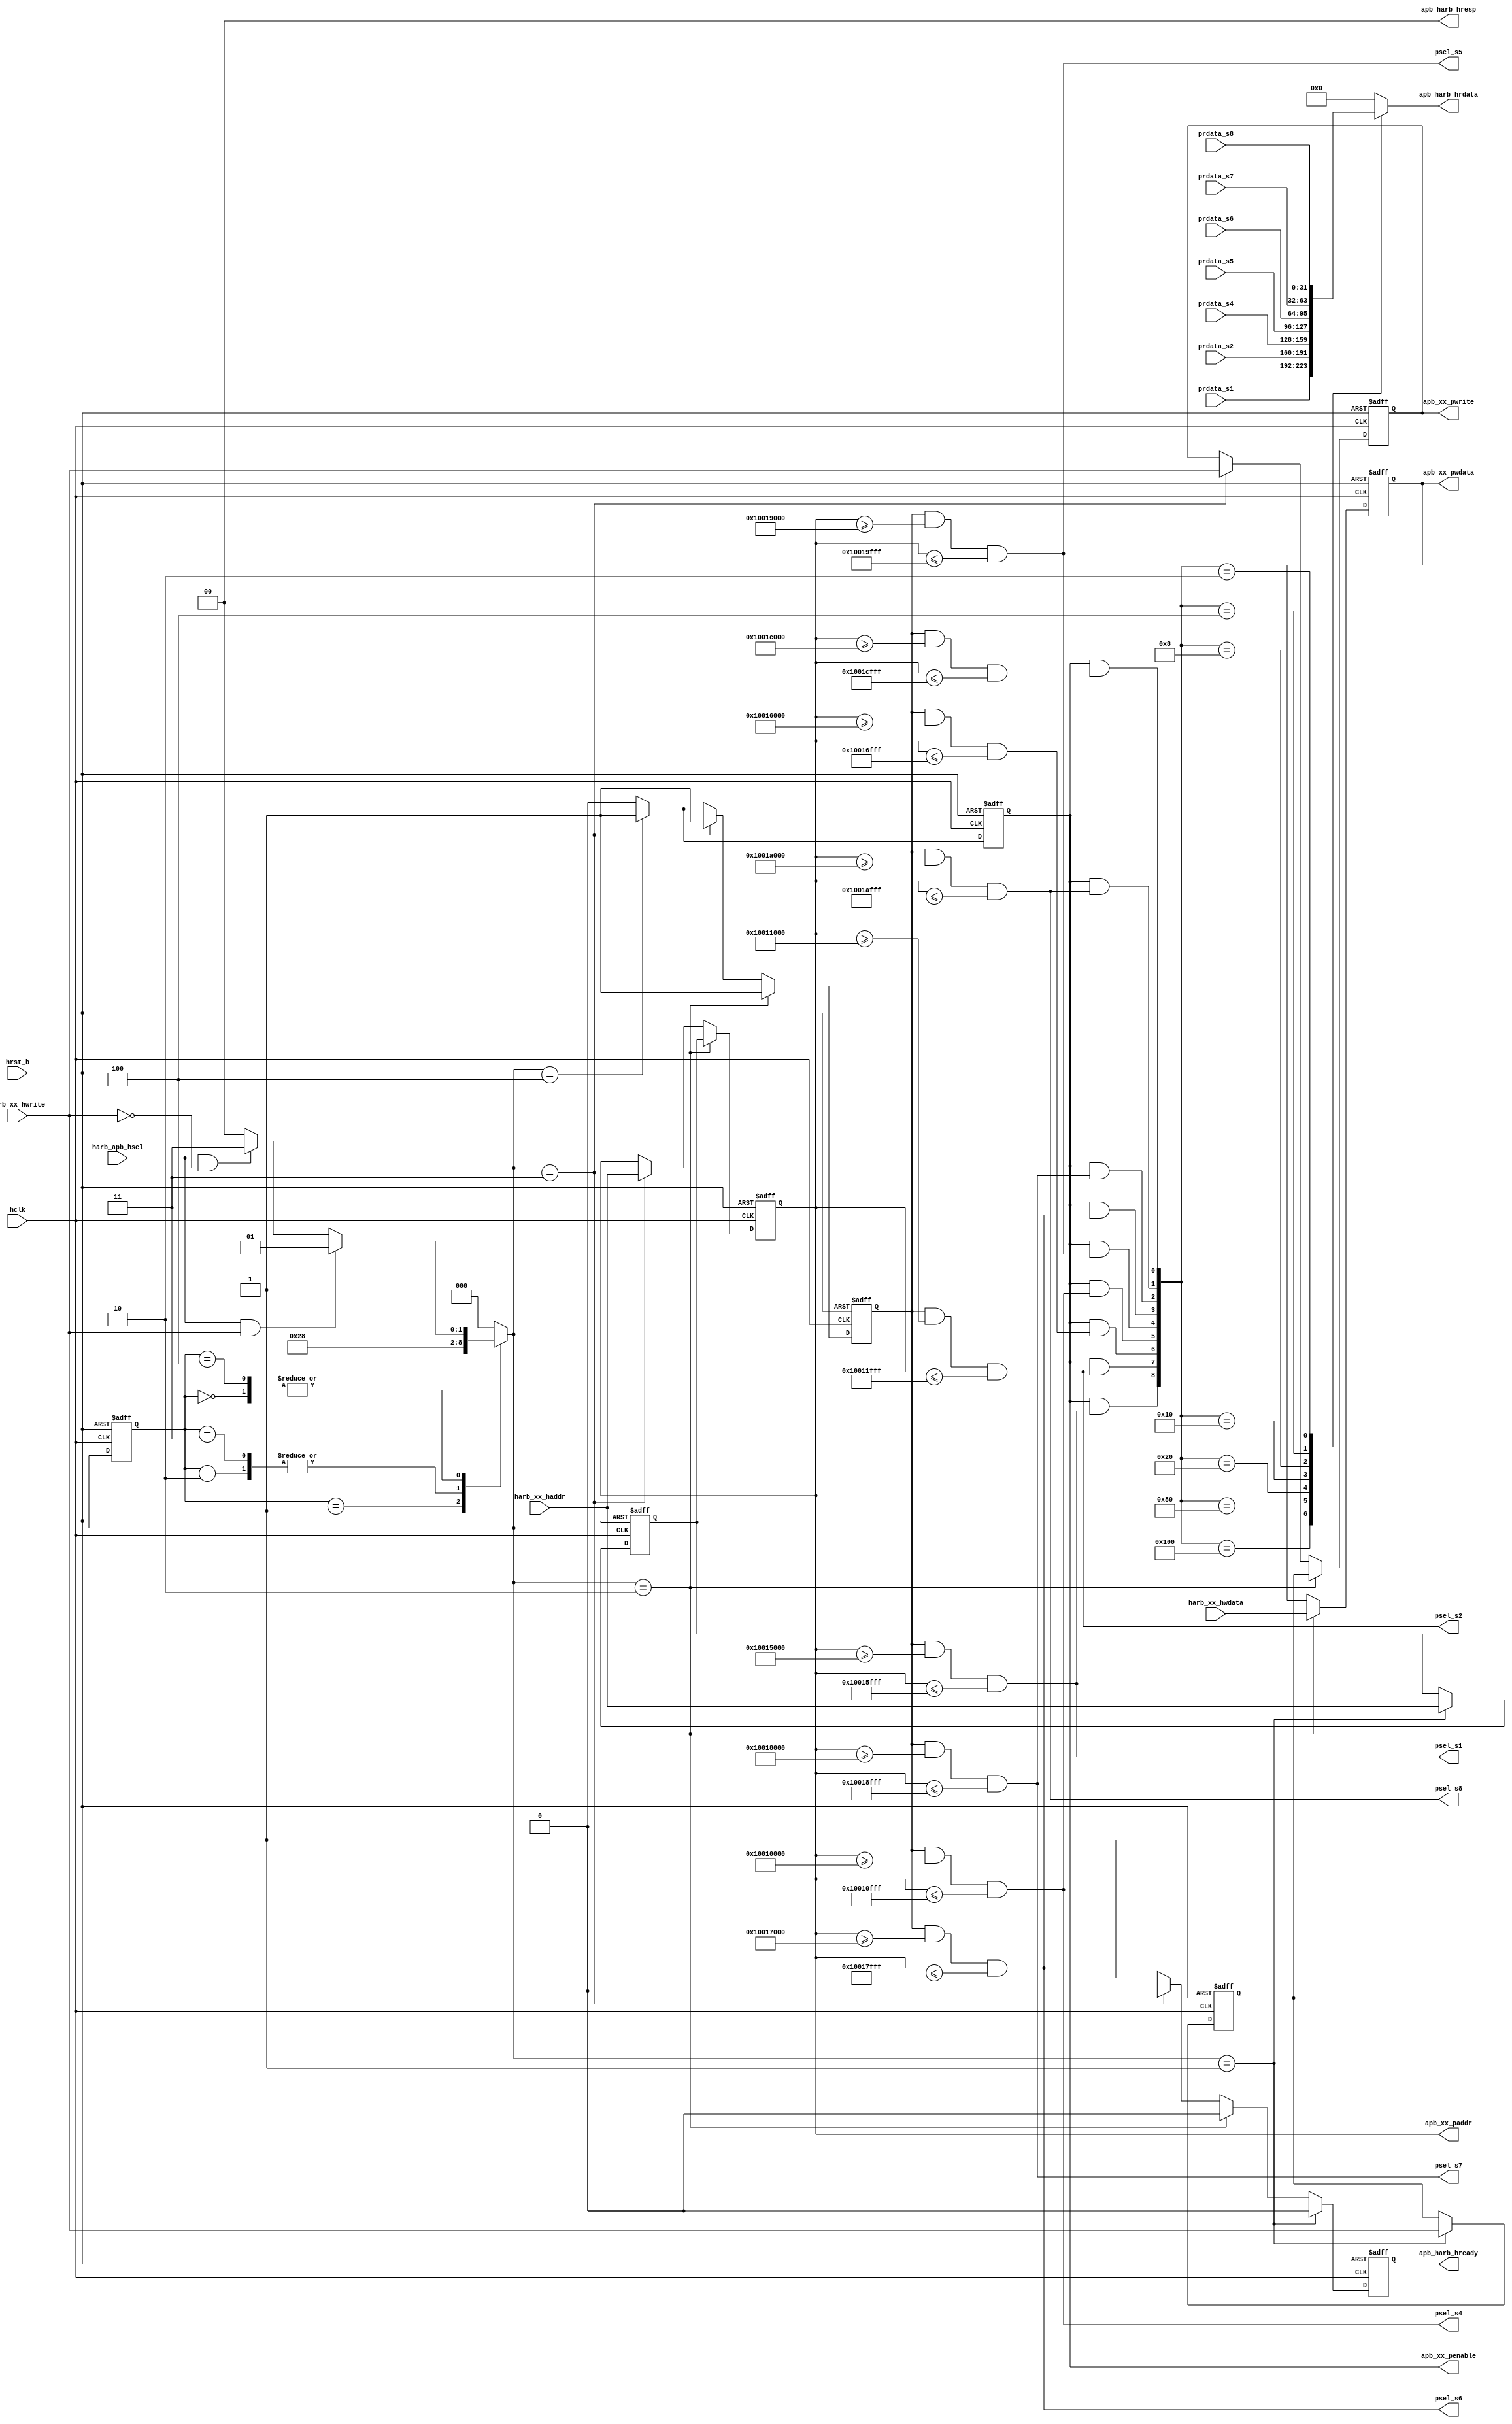
/*Copyright 2020-2021 T-Head Semiconductor Co., Ltd.

Licensed under the Apache License, Version 2.0 (the "License");
you may not use this file except in compliance with the License.
You may obtain a copy of the License at

    http://www.apache.org/licenses/LICENSE-2.0

Unless required by applicable law or agreed to in writing, software
distributed under the License is distributed on an "AS IS" BASIS,
WITHOUT WARRANTIES OR CONDITIONS OF ANY KIND, either express or implied.
See the License for the specific language governing permissions and
limitations under the License.
*/



















`define PS1_BASE_START 40'h10015000
`define PS1_BASE_END   40'h10015fff

`define PS2_BASE_START 40'h10011000
`define PS2_BASE_END   40'h10011fff

`define PS3_BASE_START 40'h10016000
`define PS3_BASE_END   40'h10016fff

`define PS4_BASE_START 40'h10010000
`define PS4_BASE_END   40'h10010fff

`define PS5_BASE_START 40'h10019000
`define PS5_BASE_END   40'h10019fff

`define PS6_BASE_START 40'h10017000
`define PS6_BASE_END   40'h10017fff

`define PS7_BASE_START 40'h10018000
`define PS7_BASE_END   40'h10018fff

`define PS8_BASE_START 40'h1001A000
`define PS8_BASE_END   40'h1001Afff

`define PS9_BASE_START 40'h1001c000
`define PS9_BASE_END   40'h1001cfff


module apb_bridge(
  apb_harb_hrdata,
  apb_harb_hready,
  apb_harb_hresp,
  apb_xx_paddr,
  apb_xx_penable,
  apb_xx_pwdata,
  apb_xx_pwrite,
  harb_apb_hsel,
  harb_xx_haddr,
  harb_xx_hwdata,
  harb_xx_hwrite,
  hclk,
  hrst_b,
  prdata_s1,
  prdata_s2,
  prdata_s4,
  prdata_s5,
  prdata_s6,
  prdata_s7,
  prdata_s8,
  psel_s1,
  psel_s2,
  psel_s4,
  psel_s5,
  psel_s6,
  psel_s7,
  psel_s8
);


input           harb_apb_hsel;  
input   [39:0]  harb_xx_haddr;  
input   [31:0]  harb_xx_hwdata; 
input           harb_xx_hwrite; 
input           hclk;           
input           hrst_b;         
input   [31:0]  prdata_s1;      
input   [31:0]  prdata_s2;      
input   [31:0]  prdata_s4;      
input   [31:0]  prdata_s5;      
input   [31:0]  prdata_s6;      
input   [31:0]  prdata_s7;      
input   [31:0]  prdata_s8;      
output  [31:0]  apb_harb_hrdata; 
output          apb_harb_hready; 
output  [1 :0]  apb_harb_hresp; 
output  [39:0]  apb_xx_paddr;   
output          apb_xx_penable; 
output  [31:0]  apb_xx_pwdata;  
output          apb_xx_pwrite;  
output          psel_s1;        
output          psel_s2;        
output          psel_s4;        
output          psel_s5;        
output          psel_s6;        
output          psel_s7;        
output          psel_s8;        


reg     [31:0]  apb_harb_hrdata; 
reg             apb_harb_hready; 
reg     [39:0]  apb_xx_paddr;   
reg             apb_xx_penable; 
reg             apb_xx_psel;    
reg     [31:0]  apb_xx_pwdata;  
reg             apb_xx_pwrite;  
reg     [2 :0]  cur_state;      
reg     [39:0]  haddr_latch;    
reg             hwrite_latch;   
reg     [2 :0]  nxt_state;      


wire    [1 :0]  apb_harb_hresp; 
wire            busy_s1;        
wire            busy_s2;        
wire            busy_s3;        
wire            busy_s4;        
wire            busy_s5;        
wire            busy_s6;        
wire            busy_s7;        
wire            busy_s8;        
wire            enable_latch;   
wire            enable_r_select; 
wire            harb_apb_hsel;  
wire    [39:0]  harb_xx_haddr;  
wire    [31:0]  harb_xx_hwdata; 
wire            harb_xx_hwrite; 
wire            hclk;           
wire            hrst_b;         
wire            idle_latch;     
wire            idle_r_select;  
wire    [31:0]  prdata_s1;      
wire    [31:0]  prdata_s2;      
wire    [31:0]  prdata_s4;      
wire    [31:0]  prdata_s5;      
wire    [31:0]  prdata_s6;      
wire    [31:0]  prdata_s7;      
wire            psel_s1;        
wire            psel_s2;        
wire            psel_s3;        
wire            psel_s4;        
wire            psel_s5;        
wire            psel_s6;        
wire            psel_s7;        
wire            psel_s8;        
wire            psel_s9;        



assign apb_harb_hresp[1:0] = 2'b0;


parameter IDLE     = 3'b000;
parameter LATCH    = 3'b001;
parameter W_SELECT = 3'b010;
parameter R_SELECT = 3'b011;
parameter ENABLE   = 3'b100;

always @(posedge hclk or negedge hrst_b)
begin
  if(!hrst_b) 
  begin
    cur_state[2:0] <= IDLE;
  end
  else 
  begin
    cur_state[2:0] <= nxt_state[2:0];
  end
end

assign idle_latch       = harb_apb_hsel && harb_xx_hwrite;
assign idle_r_select    = harb_apb_hsel && !harb_xx_hwrite;
assign enable_latch     = harb_apb_hsel && harb_xx_hwrite;
assign enable_r_select  = harb_apb_hsel && !harb_xx_hwrite;


always @( enable_r_select
       or idle_latch
       or idle_r_select
       or enable_latch
       or cur_state[2:0])
begin
nxt_state[2:0] = IDLE;
case(cur_state[2:0])
  IDLE: 
  begin
    if(idle_latch) 
    begin
      nxt_state[2:0] = LATCH;
    end
    else if(idle_r_select)
    begin
      nxt_state[2:0] = R_SELECT;
    end
    else
    begin
      nxt_state[2:0] = IDLE;
    end
  end
  LATCH: 
  begin
    nxt_state[2:0] = W_SELECT;
  end
  W_SELECT: 
  begin
    nxt_state[2:0] = ENABLE;
  end
  R_SELECT: 
  begin
    nxt_state[2:0] = ENABLE;
  end
  ENABLE: 
  begin
    if(enable_latch) 
    begin
      nxt_state[2:0] = LATCH;
    end
    else if(enable_r_select)
    begin
      nxt_state[2:0] = R_SELECT;
    end
    else
    begin
      nxt_state[2:0] = IDLE;
    end
  end
endcase

end


always @(posedge hclk or negedge hrst_b)
begin
  if(!hrst_b) 
  begin
    haddr_latch[39:0]  <= 40'b0;
    hwrite_latch       <= 1'b0;
  end
  else if(nxt_state[2:0]==LATCH) 
  begin
    haddr_latch[39:0] <= harb_xx_haddr[39:0];
    hwrite_latch      <= harb_xx_hwrite;
  end
  else 
  begin
    haddr_latch[39:0] <= haddr_latch[39:0];
    hwrite_latch      <= hwrite_latch;
  end
end

always @(posedge hclk or negedge hrst_b)
begin
  if(!hrst_b) 
  begin
    apb_xx_paddr[39:0]  <= 40'b0;
    apb_xx_pwrite       <= 1'b0;
  end
  else if(nxt_state[2:0]==W_SELECT) 
  begin
    apb_xx_paddr[39:0]  <= haddr_latch[39:0];
    apb_xx_pwrite       <= hwrite_latch;
  end
  else if(nxt_state[2:0]==R_SELECT) 
  begin
    apb_xx_paddr[39:0]  <= harb_xx_haddr[39:0];
    apb_xx_pwrite       <= harb_xx_hwrite;
  end
  else 
  begin
    apb_xx_paddr[39:0]  <= apb_xx_paddr[39:0];
    apb_xx_pwrite       <= apb_xx_pwrite;
  end
end

always @(posedge hclk or negedge hrst_b)
begin
  if(!hrst_b) 
  begin
    apb_xx_pwdata[31:0] <= 32'b0;
  end
  else if(nxt_state[2:0]==W_SELECT) 
  begin
    apb_xx_pwdata[31:0] <= harb_xx_hwdata[31:0];
  end
  else 
  begin
    apb_xx_pwdata[31:0] <= apb_xx_pwdata[31:0];
  end
end

always @(posedge hclk or negedge hrst_b)
begin
  if(!hrst_b)
  begin
    apb_xx_psel <= 1'b0;
  end
  else if(nxt_state[2:0]==W_SELECT)
  begin
    apb_xx_psel <= 1'b1;
  end
  else if(nxt_state[2:0]==R_SELECT)
  begin
    apb_xx_psel <= 1'b1;
  end
  else if(nxt_state[2:0]==ENABLE)
  begin
    apb_xx_psel <= 1'b1;
  end
  else
  begin
    apb_xx_psel <= 1'b0;
  end
end

always @(posedge hclk or negedge hrst_b)
begin
  if(!hrst_b)
  begin
    apb_xx_penable <= 1'b0;
  end
  else if(nxt_state[2:0]==ENABLE)
  begin
    apb_xx_penable <= 1'b1;
  end
  else
  begin
    apb_xx_penable <= 1'b0;
  end
end

always @(posedge hclk or negedge hrst_b)
begin
  if(!hrst_b)
  begin
    apb_harb_hready <= 1'b1;
  end
  else if(nxt_state[2:0]==LATCH)
  begin
    apb_harb_hready <= 1'b0;
  end
  else if(nxt_state[2:0]==W_SELECT)
  begin
    apb_harb_hready <= 1'b0;
  end
  else if(nxt_state[2:0]==R_SELECT)
  begin
    apb_harb_hready <= 1'b0;
  end
  else
  begin
    apb_harb_hready <= 1'b1;
  end
end


assign psel_s1 = apb_xx_psel && (apb_xx_paddr>=`PS1_BASE_START) && (apb_xx_paddr<=`PS1_BASE_END);
assign psel_s2 = apb_xx_psel && (apb_xx_paddr>=`PS2_BASE_START) && (apb_xx_paddr<=`PS2_BASE_END);
assign psel_s3 = apb_xx_psel && (apb_xx_paddr>=`PS3_BASE_START) && (apb_xx_paddr<=`PS3_BASE_END);
assign psel_s4 = apb_xx_psel && (apb_xx_paddr>=`PS4_BASE_START) && (apb_xx_paddr<=`PS4_BASE_END);
assign psel_s5 = apb_xx_psel && (apb_xx_paddr>=`PS5_BASE_START) && (apb_xx_paddr<=`PS5_BASE_END);
assign psel_s6 = apb_xx_psel && (apb_xx_paddr>=`PS6_BASE_START) && (apb_xx_paddr<=`PS6_BASE_END);
assign psel_s7 = apb_xx_psel && (apb_xx_paddr>=`PS7_BASE_START) && (apb_xx_paddr<=`PS7_BASE_END);
assign psel_s8 = apb_xx_psel && (apb_xx_paddr>=`PS8_BASE_START) && (apb_xx_paddr<=`PS8_BASE_END);
assign psel_s9 = apb_xx_psel && (apb_xx_paddr>=`PS9_BASE_START) && (apb_xx_paddr<=`PS9_BASE_END);















assign busy_s1 = apb_xx_penable && psel_s1;
assign busy_s2 = apb_xx_penable && psel_s2;
assign busy_s3 = apb_xx_penable && psel_s3;
assign busy_s4 = apb_xx_penable && psel_s4;
assign busy_s5 = apb_xx_penable && psel_s5;
assign busy_s6 = apb_xx_penable && psel_s6;
assign busy_s7 = apb_xx_penable && psel_s7;
assign busy_s8 = apb_xx_penable && psel_s8;
assign busy_s9 = apb_xx_penable && psel_s9;


always @( busy_s3
       or busy_s4
       or busy_s7
       or busy_s2
       or prdata_s5[31:0]
       or busy_s6
       or prdata_s6[31:0]
       or busy_s5
       or busy_s1
       or prdata_s1[31:0]
       or busy_s8
       or busy_s9
       or prdata_s4[31:0]
       or prdata_s2[31:0]
       or prdata_s7[31:0])
begin
case({busy_s1,busy_s2,busy_s3,busy_s4,busy_s5,busy_s6,busy_s7,busy_s8,busy_s9})
  9'b100000000:
  begin
    apb_harb_hrdata[31:0] = prdata_s1[31:0] ;
  end
  9'b010000000:
  begin
    apb_harb_hrdata[31:0]  = prdata_s2[31:0] ;
  end
  9'b001000000:
  begin
    apb_harb_hrdata[31:0]  = 32'h0 ;
  end
  9'b000100000:
  begin
    apb_harb_hrdata[31:0]  = prdata_s4[31:0] ;
  end
  9'b000010000:
  begin
    apb_harb_hrdata[31:0]  = prdata_s5[31:0] ;
  end
  9'b000001000:
  begin
    apb_harb_hrdata[31:0]  = prdata_s6[31:0];
  end
  9'b000000100:
  begin
    apb_harb_hrdata[31:0]  = prdata_s7[31:0] ;
  end
  9'b000000010:
  begin
    apb_harb_hrdata[31:0]  = prdata_s8[31:0] ;
  end
  9'b000000001:
  begin
    apb_harb_hrdata[31:0]  = 32'h0 ;
  end
  default:
  begin
    apb_harb_hrdata[31:0]  = 32'b0;
  end
endcase

end


endmodule